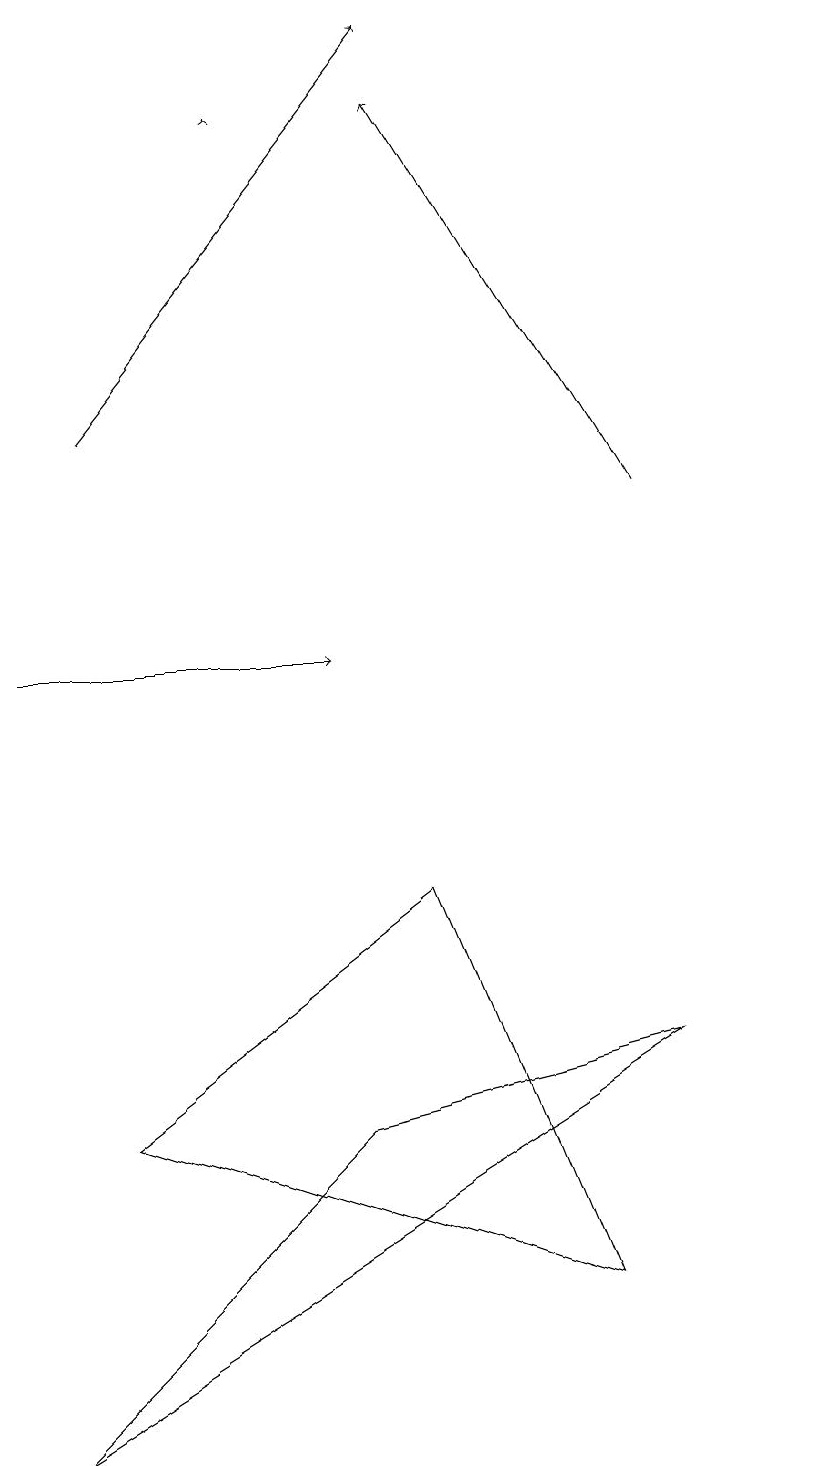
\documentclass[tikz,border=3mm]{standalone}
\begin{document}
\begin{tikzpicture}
\draw[->] (4,18) -- (4,18);
\draw (2,5) -- (8,3) -- (6,8) -- cycle;
\draw[->] (2,14) -- (6,19);
\draw (11,12) circle (0);
\draw[->] (9,13) -- (6,18);
\draw (5,5) -- (9,6) -- (1,1) -- cycle;
\draw[->] (1,11) -- (5,11);
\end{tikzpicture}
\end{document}